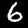
Digit: 6